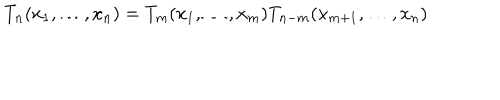
LaTeX: T _ { n } ( x _ { 1 } , \ldots , x _ { n } ) = T _ { m } ( x _ { 1 } , \ldots , x _ { m } ) T _ { n - m } ( x _ { m + 1 } , \ldots , x _ { n } )